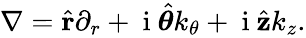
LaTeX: \begin{array}{r}{\nabla=\hat{\mathbf{r}}\partial_{r}+\mathrm{~i~}\hat{\boldsymbol{\theta}}k_{\theta}+\mathrm{~i~}\hat{\mathbf{z}}k_{z}.}\end{array}